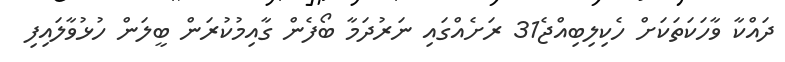
ދައްކާ ވާހަކަތަކަށް ހެކިލިބިއްޖެ31 ރަށެއްގައި ނަރުދަމާ ބޯފެން ގާއިމުކުރަން ބީލަން ހުޅުވާލައިފި